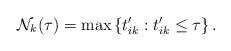
LaTeX: \begin{align*} \mathcal N_k(\tau) = \max\left\{t'_{ik}:t'_{ik}\le \tau\right\}.\end{align*}